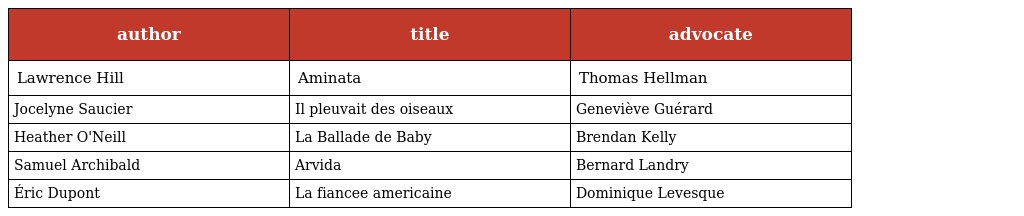
| author | title | advocate |
 | --- | --- | --- |
 | Lawrence Hill | Aminata | Thomas Hellman |
 | Jocelyne Saucier | Il pleuvait des oiseaux | Geneviève Guérard |
 | Heather O'Neill | La Ballade de Baby | Brendan Kelly |
 | Samuel Archibald | Arvida | Bernard Landry |
 | Éric Dupont | La fiancee americaine | Dominique Levesque |